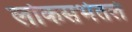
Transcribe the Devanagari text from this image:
लोकसभेतले